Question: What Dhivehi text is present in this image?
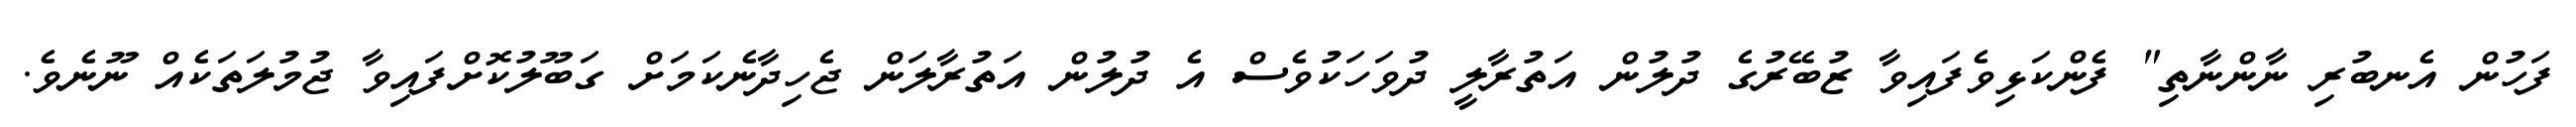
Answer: ފަހުން އެނބުރި ނާންނާތި" ފެންކަޅިވެފައިވާ ޒުބޭރުގެ ދުލުން އަތުރާލީ ދުވަހަކުވެސް އެ ދުލުން އަތުރާލަން ޖެހިދާނެކަމަށް ގަބޫލުކޮށްފައިވާ ޖުމުލަތަކެއް ނޫނެވެ.